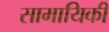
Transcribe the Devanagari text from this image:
सामायिकी